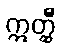
ဣတ္ထီ